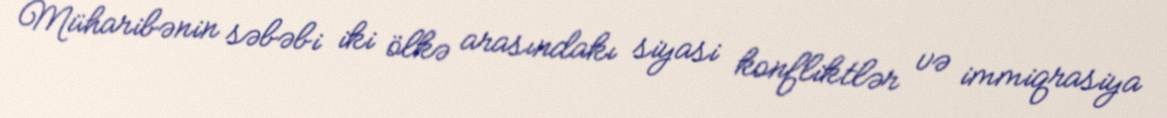
Müharibənin səbəbi iki ölkə arasındakı siyasi konfliktlər və immiqrasiya